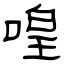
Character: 喤